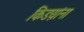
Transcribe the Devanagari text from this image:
किडय़ांना